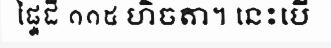
ផ្ទៃដី ១១៥ ហិចតា។ នេះបើ